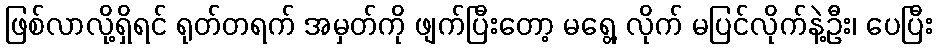
ဖြစ်လာလို့ရှိရင် ရုတ်တရက် အမှတ်ကို ဖျက်ပြီးတော့ မရွေ့ လိုက် မပြင်လိုက်နဲ့ဦး၊ ပေပြီး